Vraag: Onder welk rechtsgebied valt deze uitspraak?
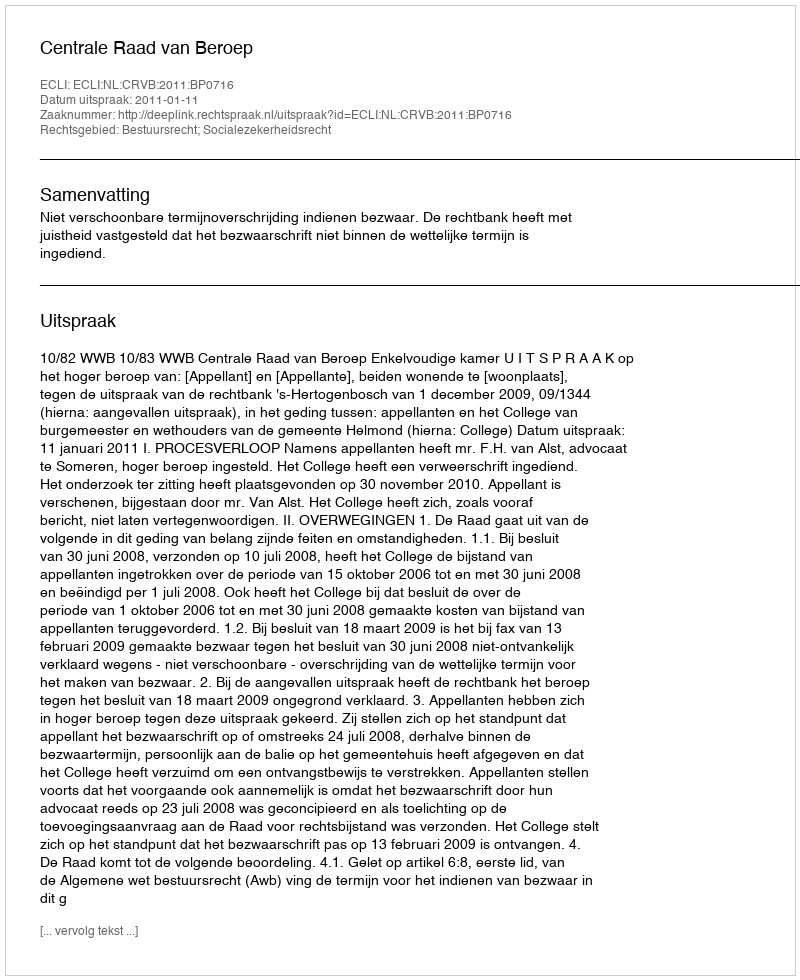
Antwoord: Bestuursrecht; Socialezekerheidsrecht